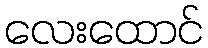
လေးထောင်